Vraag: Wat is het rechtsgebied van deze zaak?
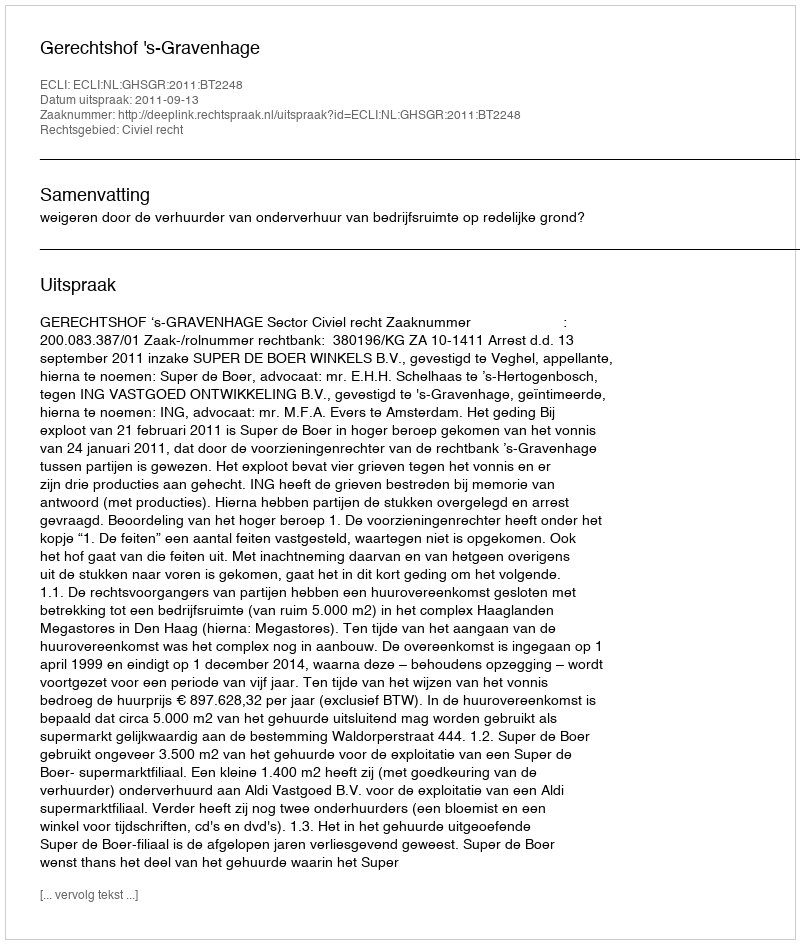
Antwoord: Civiel recht